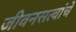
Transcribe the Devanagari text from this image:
जीवनसत्वांचे